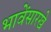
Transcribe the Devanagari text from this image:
भावेंसारखे